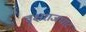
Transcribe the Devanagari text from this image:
वृक्षराजघाट